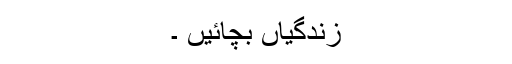
زندگیاں بچائیں ۔